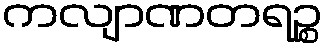
ကလျာဏတရဉ္စ